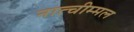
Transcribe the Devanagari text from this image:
नात्चीम्मल